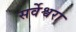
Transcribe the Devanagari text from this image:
सर्वेश्वरा